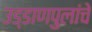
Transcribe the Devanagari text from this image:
उड्डाणपुलांचे